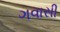
ગવાસી